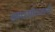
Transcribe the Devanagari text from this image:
खाद्यजीवनाचे